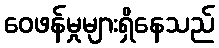
ဝေဖန်မှုများရှိနေသည်